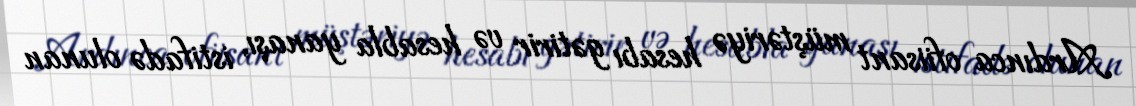
Ardınca ofiisant müştəriyə hesabı gətirir və hesabla yanaşı, istifadə olunan